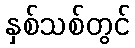
နှစ်သစ်တွင်